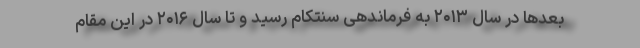
بعدها در سال ۲۰۱۳ به فرماندهی سنتکام رسید و تا سال ۲۰۱۶ در این مقام